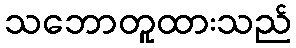
သဘောတူထားသည်